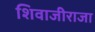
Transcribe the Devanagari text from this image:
शिवाजीराजा